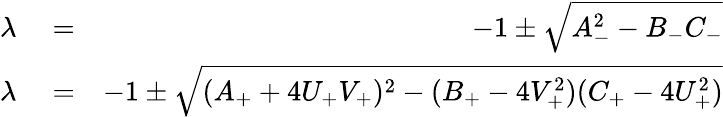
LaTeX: \begin{array}{rlr}{\lambda}&{{}=}&{-1\pm\sqrt{A_{-}^{2}-B_{-}C_{-}}}\\ {\lambda}&{{}=}&{-1\pm\sqrt{(A_{+}+4U_{+}V_{+})^{2}-(B_{+}-4V_{+}^{2})(C_{+}-4U_{+}^{2})}}\end{array}